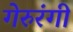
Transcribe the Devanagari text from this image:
गेरुरंगी